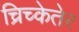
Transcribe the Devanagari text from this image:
च्रिच्केतेर